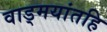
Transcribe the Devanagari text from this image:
वाड्मयांतहि